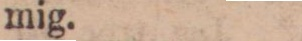
mig.